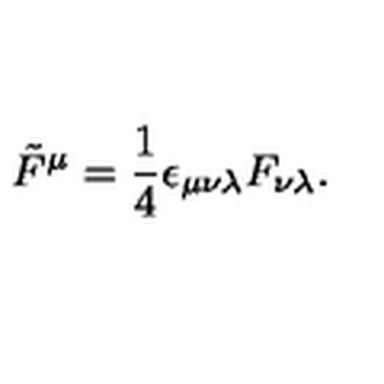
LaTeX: \tilde { F } ^ { \mu } = { \frac { 1 } { 4 } } \epsilon _ { \mu \nu \lambda } F _ { \nu \lambda } .